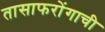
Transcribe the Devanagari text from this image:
तासाफरोंगाची